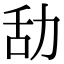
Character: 㔚